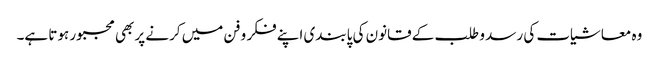
وہ معاشیات کی رسد و طلب کے قانون کی پابندی اپنے فکر و فن میں کرنے پر بھی مجبور ہوتا ہے۔